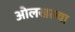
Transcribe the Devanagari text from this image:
ओलखल्या